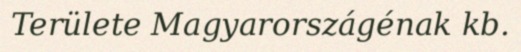
Területe Magyarországénak kb.